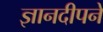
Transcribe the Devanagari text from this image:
ज्ञानदीपने